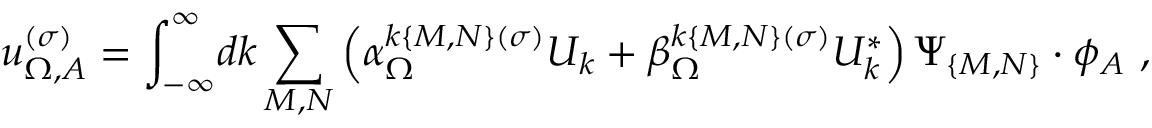
u _ { \Omega , A } ^ { ( \sigma ) } = \int _ { - \infty } ^ { \infty } \! d k \sum _ { M , N } \left( \alpha _ { \Omega } ^ { k \{ M , N \} ( \sigma ) } U _ { k } + \beta _ { \Omega } ^ { k \{ M , N \} ( \sigma ) } U _ { k } ^ { * } \right) \Psi _ { \{ M , N \} } \cdot \phi _ { A } \ ,